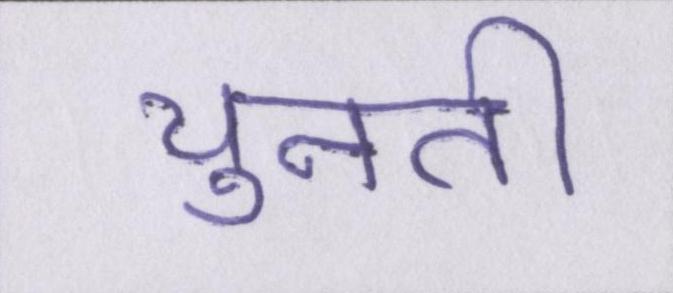
चुनती